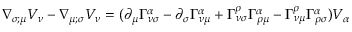
\nabla _ { \sigma ; \mu } V _ { \nu } - \nabla _ { \mu ; \sigma } V _ { \nu } = ( \partial _ { \mu } \Gamma ^ { \alpha } _ { \nu \sigma } - \partial _ { \sigma } \Gamma ^ { \alpha } _ { \nu \mu } + \Gamma ^ { \rho } _ { \nu \sigma } \Gamma ^ { \alpha } _ { \rho \mu } - \Gamma ^ { \rho } _ { \nu \mu } \Gamma ^ { \alpha } _ { \rho \sigma } ) V _ { \alpha }